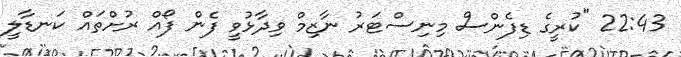
22:43 "ކުރީގެ ޑިފެންސް މިނިސްޓަރު ނާޒިމް ވިދާޅުވީ ފެން ފޯއް ރުށްތައް ކަނޑާލީ